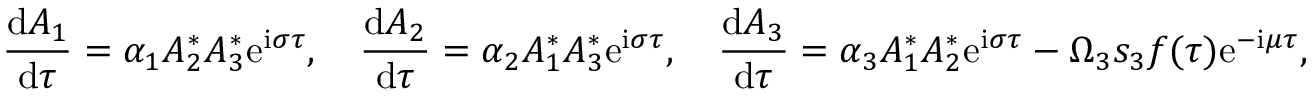
\frac { \mathrm { d } { A _ { 1 } } } { \mathrm { d } { \tau } } = \alpha _ { 1 } A _ { 2 } ^ { * } A _ { 3 } ^ { * } \mathrm { e } ^ { \mathrm { i } \sigma \tau } , \quad \frac { \mathrm { d } { A _ { 2 } } } { \mathrm { d } { \tau } } = \alpha _ { 2 } A _ { 1 } ^ { * } A _ { 3 } ^ { * } \mathrm { e } ^ { \mathrm { i } \sigma \tau } , \quad \frac { \mathrm { d } { A _ { 3 } } } { \mathrm { d } { \tau } } = \alpha _ { 3 } A _ { 1 } ^ { * } A _ { 2 } ^ { * } \mathrm { e } ^ { \mathrm { i } \sigma \tau } - \Omega _ { 3 } s _ { 3 } f ( \tau ) \mathrm { e } ^ { - \mathrm { i } \mu \tau } ,